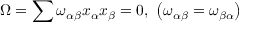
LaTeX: \Omega = \sum \omega _ { \alpha \beta } x _ { \alpha } x _ { \beta } = 0 , \ \left( \omega _ { \alpha \beta } = \omega _ { \beta \alpha } \right)